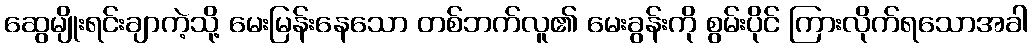
ဆွေမျိုးရင်းချာကဲ့သို့ မေးမြန်းနေသော တစ်ဘက်လူ၏ မေးခွန်းကို စွမ်းပိုင် ကြားလိုက်ရသောအခါ